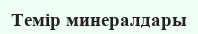
Темір минералдары